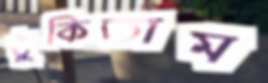
ঠুকিতাম